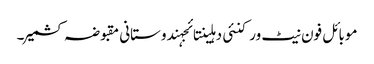
موبائل فون نیٹ ورکنئی دہلینتائجہندوستانی مقبوضہ کشمیر۔